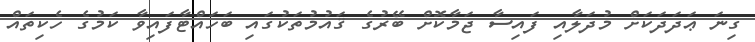
ގިނަ ޢަދަދަކަށް މުދަލާއި ފައިސާ ޖަމާކޮށް ބޭރުގެ ޤައުމުތަކުގައި ބަހައްޓާފައިވާ ކަމުގެ ހެކިތައް